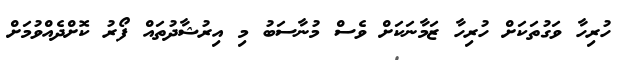
ހުރިހާ ވަގުތަކަށް ހުރިހާ ޒަމާނަކަށް ވެސް މުނާސަބު މި އިރުޝާދުތައް ފޯރު ކޮށްދެއްވުމަށް